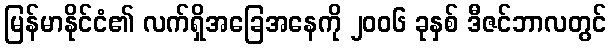
မြန်မာနိုင်ငံ၏ လက်ရှိအခြေအနေကို ၂၀၀၆ ခုနှစ် ဒီဇင်ဘာလတွင်